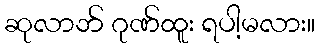
ဆုလာဘ် ဂုဏ်ထူး ရပါ့မလား။